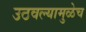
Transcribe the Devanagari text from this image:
उठवल्यामुळेच